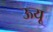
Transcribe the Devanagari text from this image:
ऊयू